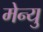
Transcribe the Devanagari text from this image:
मेन्‍यु